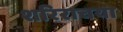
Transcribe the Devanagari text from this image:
शरिराचया